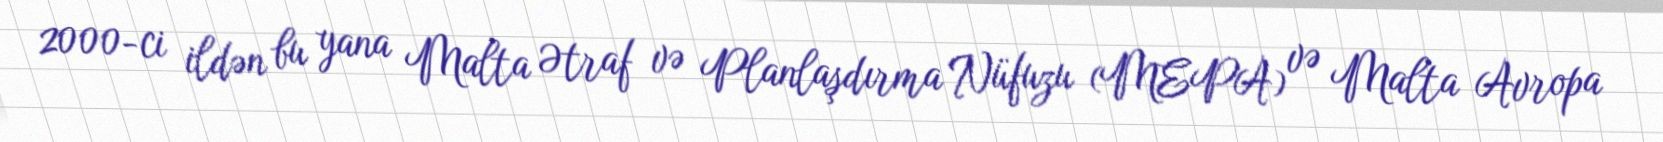
2000-ci ildən bu yana Malta Ətraf və Planlaşdırma Nüfuzu (MEPA) və Malta Avropa